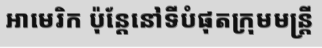
អាមេរិក ប៉ុន្តែនៅទីបំផុតក្រុមមន្ត្រី